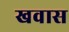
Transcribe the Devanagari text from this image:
खवास